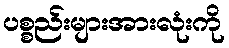
ပစ္စည်းများအားလုံးကို